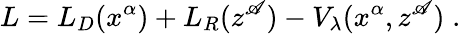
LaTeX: L=L_{D}(x^{\alpha})+L_{R}(z^{\mathscr{A}})-V_{\lambda}(x^{\alpha},z^{\mathscr{A}})\; .